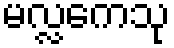
မလ္လကေသု